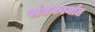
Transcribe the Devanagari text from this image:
संघकार्यात